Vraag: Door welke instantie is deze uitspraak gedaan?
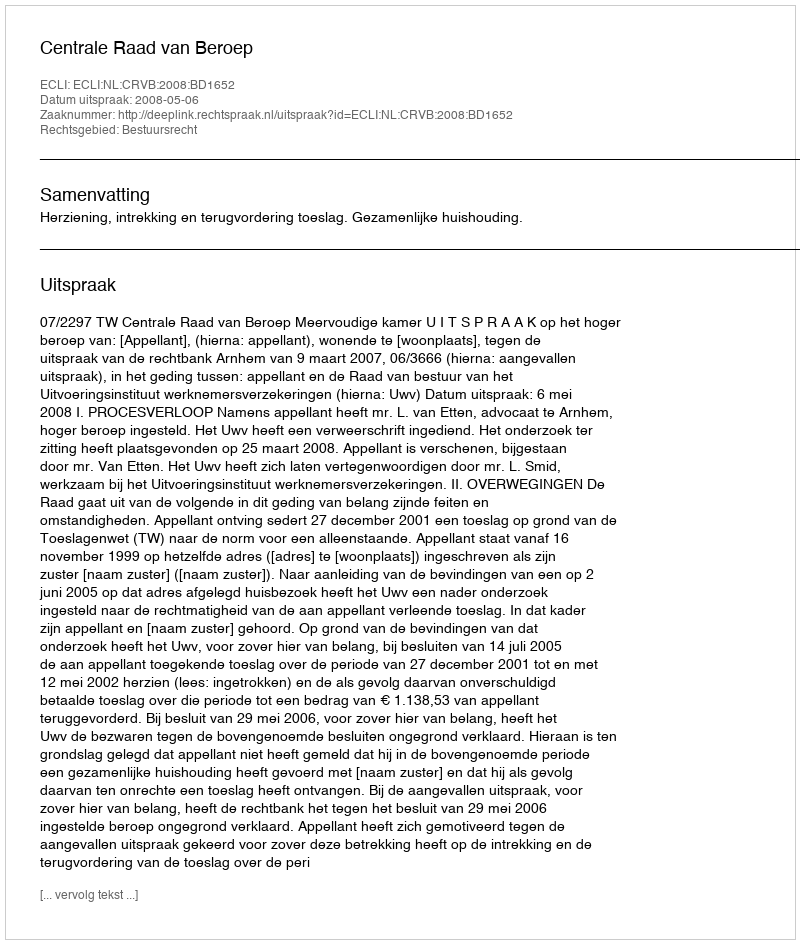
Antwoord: Centrale Raad van Beroep